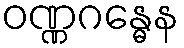
ဝဏ္ဏဂန္ဓေန